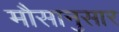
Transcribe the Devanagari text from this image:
मौसानुसार